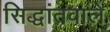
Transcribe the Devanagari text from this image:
सिद्धांतवाले